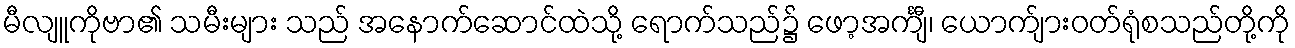
မီလျူကိုဗာ၏ သမီးများ သည် အနောက်ဆောင်ထဲသို့ ရောက်သည်၌ ဖော့အင်္ကျီ၊ ယောက်ျားဝတ်ရုံစသည်တို့ကို